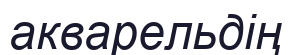
акварельдің